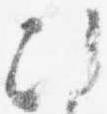
次